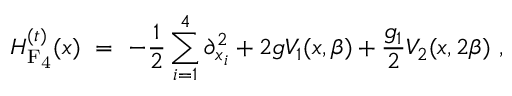
{ \cal H } _ { \mathrm { F _ { 4 } } } ^ { ( t ) } ( x ) \ = \ - \frac { 1 } { 2 } \sum _ { i = 1 } ^ { 4 } \partial _ { x _ { i } } ^ { 2 } + 2 g V _ { 1 } ( x , \beta ) + \frac { g _ { 1 } } { 2 } V _ { 2 } ( x , 2 \beta ) \ ,